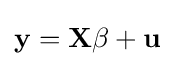
\mathbf {y} =\mathbf {X} \mathbf {\beta } +\mathbf {u}